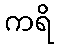
ကရိ